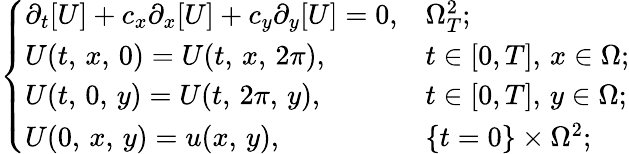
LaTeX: \left\{ \begin{array}{ll}{\partial_{t}[U]+c_{x}\partial_{x}[U]+c_{y}\partial_{y}[U]=0,}&{\Omega_{T}^{2};}\\ {U(t,\, x,\, 0)=U(t,\, x,\, 2\pi),}&{t\in[0,T],\, x\in\Omega;}\\ {U(t,\, 0,\, y)=U(t,\, 2\pi,\, y),}&{t\in[0,T],\, y\in\Omega;}\\ {U(0,\, x,\, y)=u(x,\, y),}&{\{ t=0\} \times\Omega^{2};}\end{array}\right.